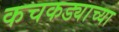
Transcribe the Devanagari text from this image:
कचकड्याच्या